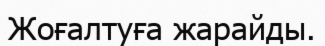
Жоғалтуға жарайды.